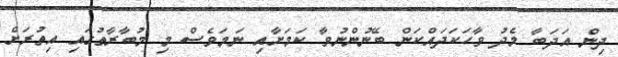
ދިން އަދަބާ މެދު ވާހަކަދައްކަން ބޭނުންނުވާ ކަމަށާއި ނަމަވެސް މި މުބާރާތުގައި އިތުރަށް